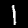
Digit: 1